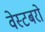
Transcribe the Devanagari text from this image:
वेस्टबरो